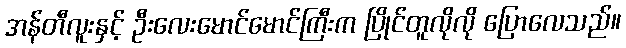
အန်တီလူးနှင့် ဦးလေးမောင်မောင်ကြီးက ပြိုင်တူလိုလို ပြောလေသည်။